FBI Photo B10
Agency: FBI
Incident date: Late 2025
Incident location: Western United States
Page 1
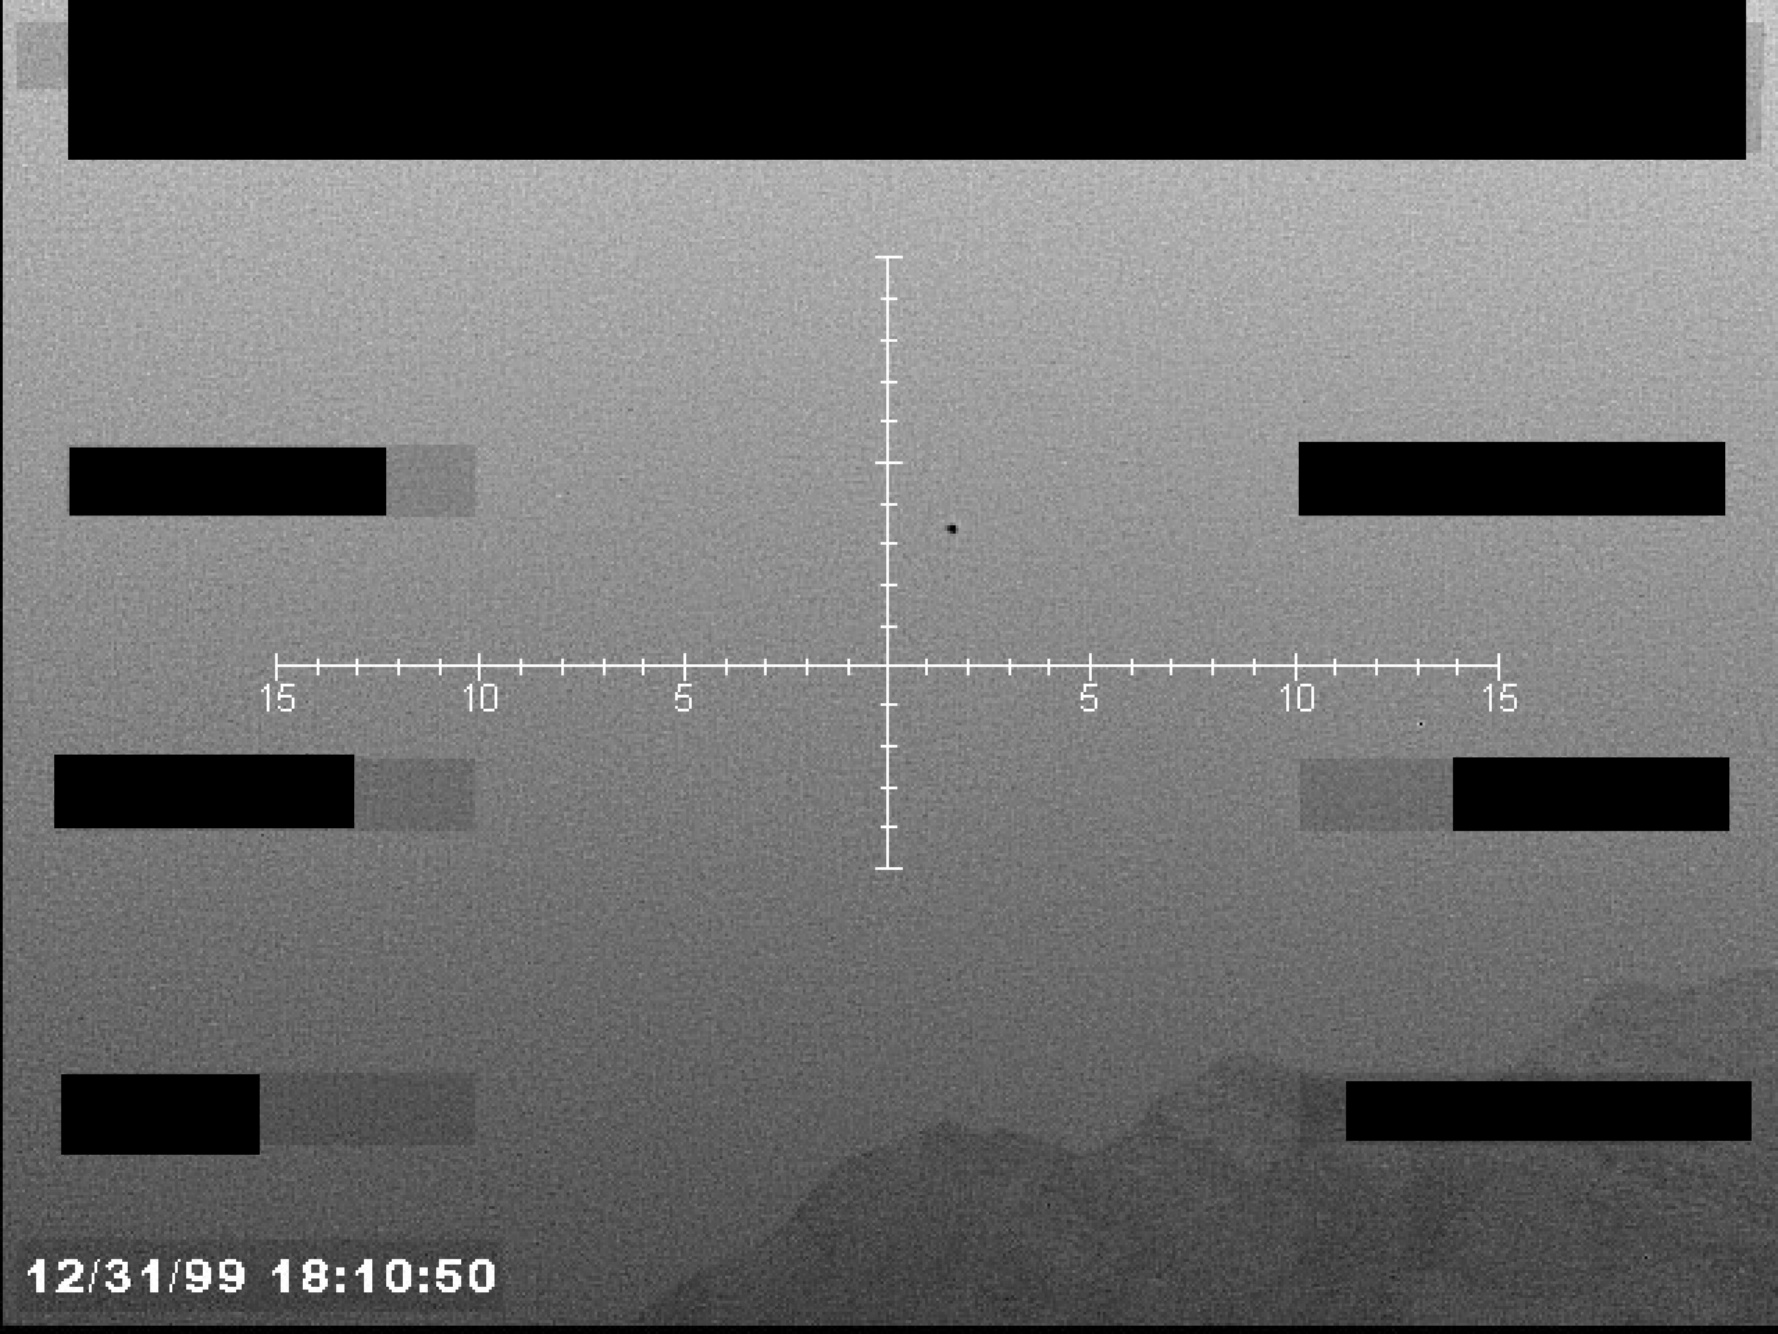